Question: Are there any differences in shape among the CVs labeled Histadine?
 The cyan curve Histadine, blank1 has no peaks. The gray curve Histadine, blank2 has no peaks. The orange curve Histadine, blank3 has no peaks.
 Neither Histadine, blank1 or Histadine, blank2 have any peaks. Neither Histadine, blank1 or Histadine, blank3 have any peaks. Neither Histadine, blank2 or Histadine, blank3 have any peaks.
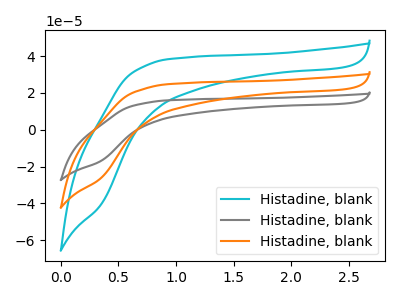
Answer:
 <answer>All the CV's of "Histadine" have similar shape.</answer>
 <eval>follow_rule</eval>